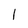
Character: 1